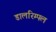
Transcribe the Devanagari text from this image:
डालरिम्पल